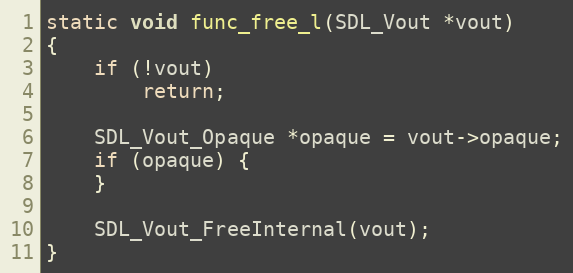
Language: C
static void func_free_l(SDL_Vout *vout)
{
    if (!vout)
        return;

    SDL_Vout_Opaque *opaque = vout->opaque;
    if (opaque) {
    }

    SDL_Vout_FreeInternal(vout);
}